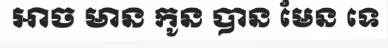
អាច មាន កូន បាន មែន ទេ